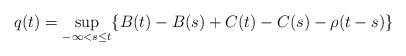
LaTeX: \begin{align*} q(t)=\sup_{-\infty<s\leq t}\{B(t)-B(s)+C(t)-C(s)-\rho(t-s)\}\end{align*}